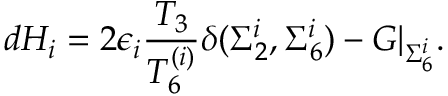
d H _ { i } = 2 \epsilon _ { i } { \frac { T _ { 3 } } { T _ { 6 } ^ { ( i ) } } } \delta ( \Sigma _ { 2 } ^ { i } , \Sigma _ { 6 } ^ { i } ) - G \vert _ { \Sigma _ { 6 } ^ { i } } .